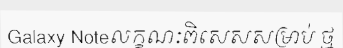
Galaxy Noteលក្ខណៈពិសេសសម្រាប់ ថ្ម